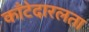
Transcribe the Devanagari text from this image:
काँटेदारलता